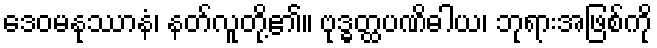
ဒေဝမနုဿာနံ၊ နတ်လူတို့၏။ ဗုဒ္ဓတ္ထပဏိဓါယ၊ ဘုရားအဖြစ်ကို